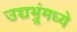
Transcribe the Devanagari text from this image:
उच्चभ्रूंमध्ये